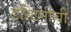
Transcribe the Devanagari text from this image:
डेस्टिनीची